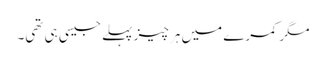
مگر کمرے میں ہر چیز پہلے جیسی ہی تھی۔